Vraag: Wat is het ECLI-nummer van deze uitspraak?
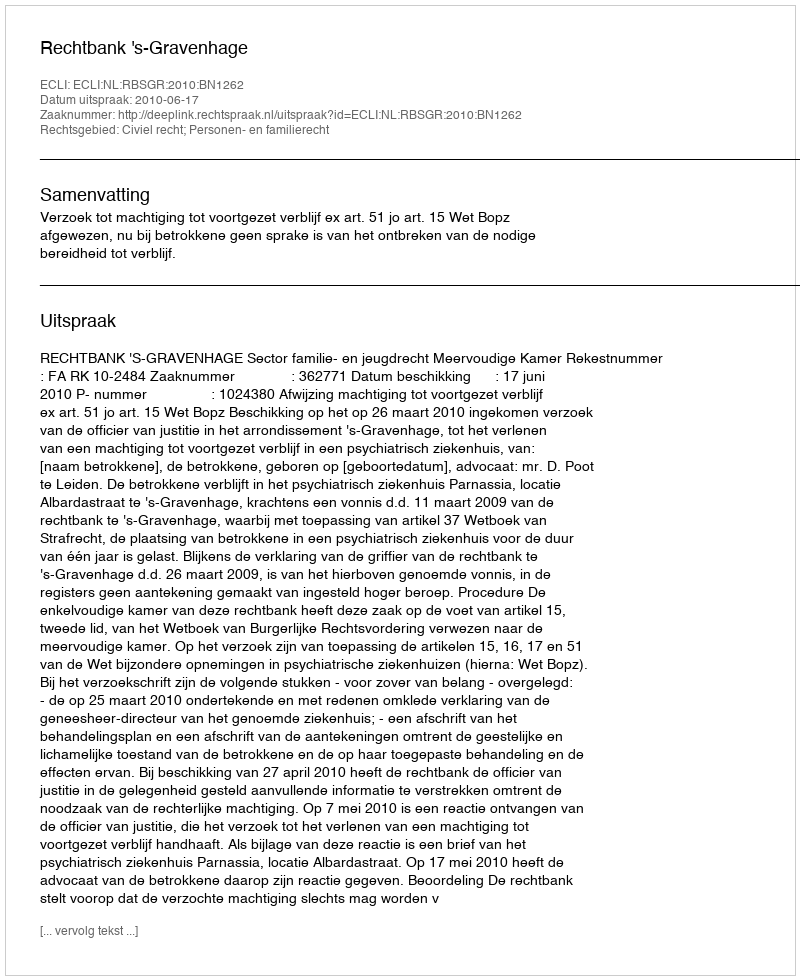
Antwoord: ECLI:NL:RBSGR:2010:BN1262